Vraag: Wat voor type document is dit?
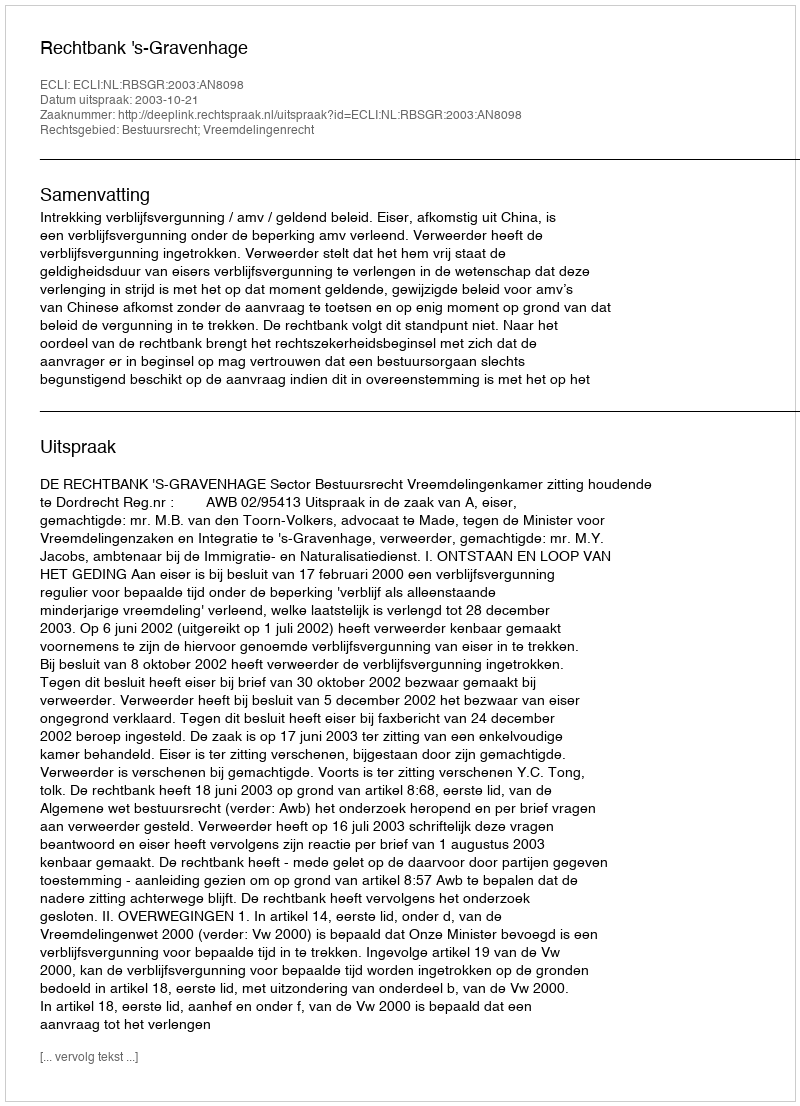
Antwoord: Uitspraak